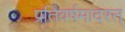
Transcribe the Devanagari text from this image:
प्रतिवर्षमादरत्